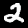
Label: 2